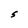
Character: S